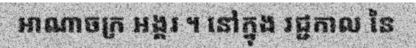
អាណាចក្រ អង្គរ ។ នៅក្នុង រជ្ជកាល នៃ